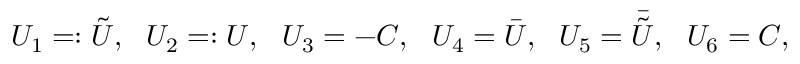
U _ { 1 } = : { \tilde { U } } , \ \ U _ { 2 } = : U , \ \ U _ { 3 } = - C , \ \ U _ { 4 } = { \bar { U } } , \ \ U _ { 5 } = { \bar { \tilde { U } } } , \ \ U _ { 6 } = C ,